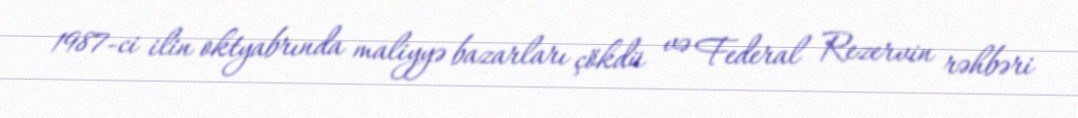
1987-ci ilin oktyabrında maliyyə bazarları çökdü və Federal Rezervin rəhbəri